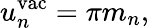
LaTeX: u_{n}^{\mathrm{vac}}=\pi m_{n},